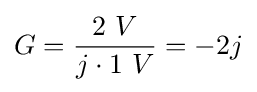
G={\frac {2\ V}{j\cdot 1\ V}}=-2j